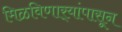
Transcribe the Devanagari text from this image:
मिळविणार्‍यांपासून